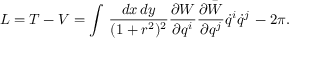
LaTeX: L = T - V = \int \, \frac { d x \, d y } { ( 1 + r ^ { 2 } ) ^ { 2 } } \frac { \partial W } { \partial q ^ { i } } \frac { \partial \bar { W } } { \partial q ^ { j } } \dot { q } ^ { i } \dot { q } ^ { j } \, - 2 \pi .